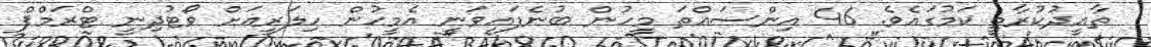
ތާއީދުކުރާތީ ކަމުގައެވެ. 46 އިންސައްތަ މީހުން ބުނެފައިވަނީ އެމީހުން ހިލަރީއަށް ވޯޓުދިނީ ޓްރަމްޕް